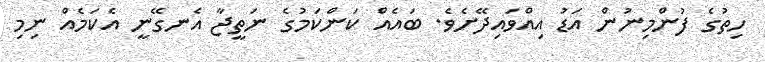
ހިތުގެ ފުންމިނުން އަޑު އިއްވައިދޭށެވެ. ބައެއް ކަންކަމުގެ ނަތީޖާ އެނގޭނީ އެކަމެއް ނިމި